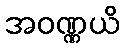
အဝဏ္ဏယိ